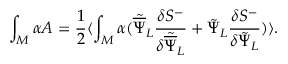
\int _ { M } \alpha A = { \frac { 1 } { 2 } } \langle \int _ { M } \alpha ( { \tilde { \overline { { \Psi } } } } _ { L } { \frac { \delta { S } ^ { - } } { \delta { \tilde { \overline { { \Psi } } } } _ { L } } } + { \tilde { \Psi } } _ { L } { \frac { \delta { S } ^ { - } } { \delta { \tilde { \Psi } } _ { L } } } ) \rangle .